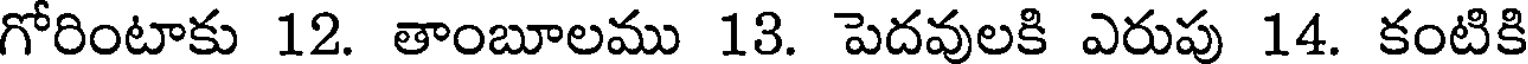
గోరింటాకు 12. తాంబూలము 13. పెదవులకి ఎరుపు 14. కంటికి